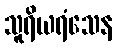
သူရိယရံသေန